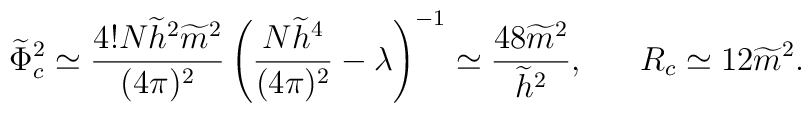
\widetilde{\Phi}^2_c\simeq\frac{4!N\widetilde{h}^2\widetilde{m}^2}{(4\pi)^2} \left(\frac{N\widetilde{h}^4}{(4\pi)^2}- \lambda \right)^{-1} \simeq\frac{48\widetilde{m}^2}{\widetilde{h}^2}, \ \ \ \ \ R_c \simeq12\widetilde{m}^2.